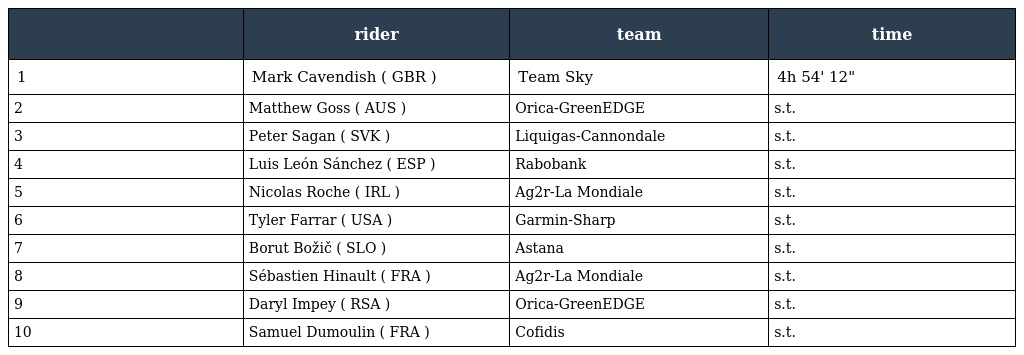
|  | rider | team | time |
 | --- | --- | --- | --- |
 | 1 | Mark Cavendish ( GBR ) | Team Sky | 4h 54' 12" |
 | 2 | Matthew Goss ( AUS ) | Orica-GreenEDGE | s.t. |
 | 3 | Peter Sagan ( SVK ) | Liquigas-Cannondale | s.t. |
 | 4 | Luis León Sánchez ( ESP ) | Rabobank | s.t. |
 | 5 | Nicolas Roche ( IRL ) | Ag2r-La Mondiale | s.t. |
 | 6 | Tyler Farrar ( USA ) | Garmin-Sharp | s.t. |
 | 7 | Borut Božič ( SLO ) | Astana | s.t. |
 | 8 | Sébastien Hinault ( FRA ) | Ag2r-La Mondiale | s.t. |
 | 9 | Daryl Impey ( RSA ) | Orica-GreenEDGE | s.t. |
 | 10 | Samuel Dumoulin ( FRA ) | Cofidis | s.t. |